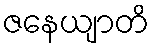
ဇနေယျာတိ